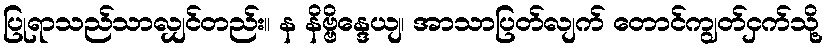
ပြုရာသည်သာလျှင်တည်း။ န နိဗ္ဗိန္ဒေယျ၊ အာသာပြတ်လျက် တောင်ကျွတ်ငှက်သို့